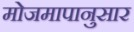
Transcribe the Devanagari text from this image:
मोजमापानुसार